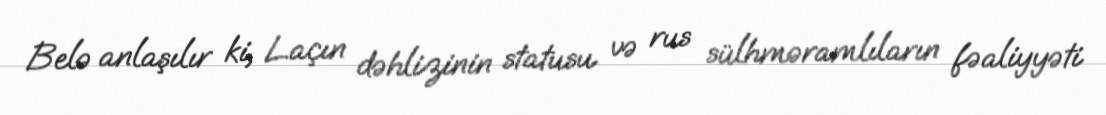
Belə anlaşılır ki, Laçın dəhlizinin statusu və rus sülhməramlıların fəaliyyəti